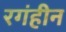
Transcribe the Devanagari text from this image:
रगंहीन